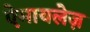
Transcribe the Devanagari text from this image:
ऐमायलेज़